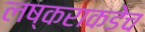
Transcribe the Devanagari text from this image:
लष्कराकडेच